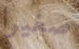
صغيرا